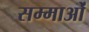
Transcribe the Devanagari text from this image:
सम्माओं